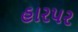
હારપર